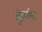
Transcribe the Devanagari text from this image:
मुंहमांगा